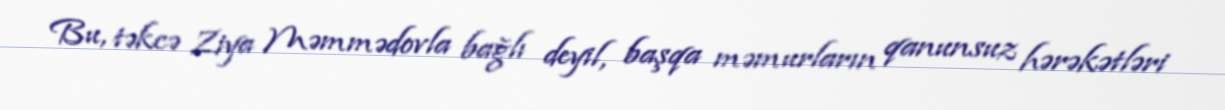
Bu, təkcə Ziya Məmmədovla bağlı deyil, başqa məmurların qanunsuz hərəkətləri